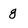
Character: 8